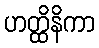
ဟတ္ထိနိကာ